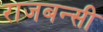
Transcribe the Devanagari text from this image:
राजबन्सी